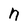
Character: n